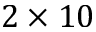
2 \times 1 0